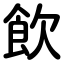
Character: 飲